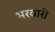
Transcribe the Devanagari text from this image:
भरवारी